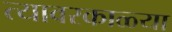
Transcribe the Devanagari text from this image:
त्यावरकाळ्या